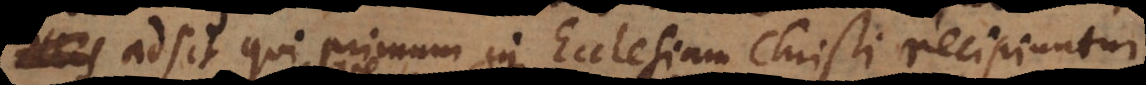
adsit qui primum in Ecclesiam Christi recipiuntur,